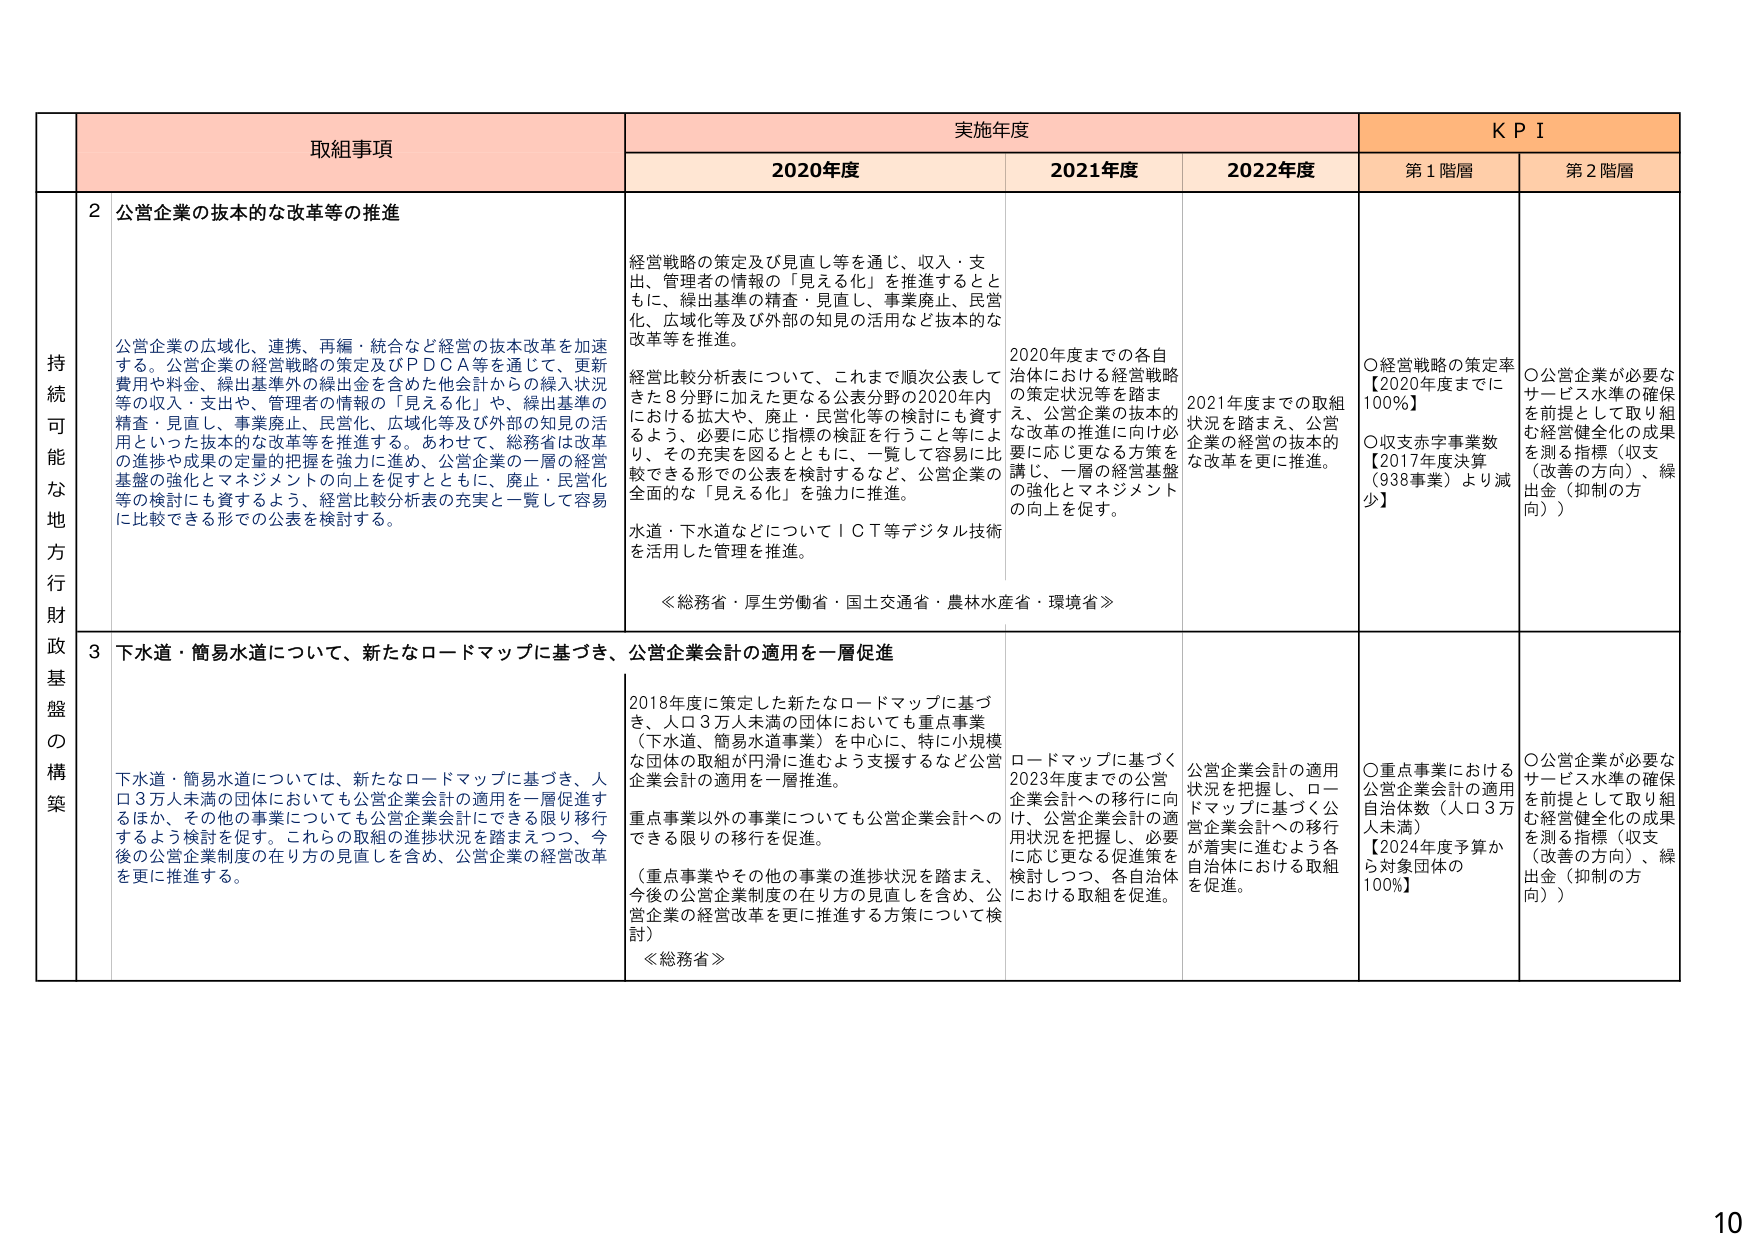
持続可能な地方行政基盤の構築

取組事項

実施年度

KPI

2020年度

2021年度

2022年度

第1階層

第2階層

2 公営企業の抜本的な改革等の推進

公営企業の広域化、連携、再編・統合など経営の抜本改革を加速する。公営企業の経営戦略の策定及びＰＤＣＡ等を通じて、更新費用や料金、繰出基準外の繰出金を含めた他会計からの繰入状況等の収入・支出や、管理者の情報の「見える化」や、繰出基準の精査・見直し、事業廃止、民営化、広域化等及び外部の知見の活用といった抜本的な改革等を推進する。あわせて、総務省は改革の進捗や成果の定量的把握を強力に進め、公営企業の一層の経営基盤の強化とマネジメントの向上を促すとともに、廃止・民営化等の検討にも資するよう、経営比較分析表の充実と一覧して容易に比較できる形での公表を検討する。

経営戦略の策定及び見直し等を通じ、収入・支出、管理者の情報の「見える化」を推進するとともに、繰出基準の精査・見直し、事業廃止、民営化、広域化等及び外部の知見の活用など抜本的な改革等を推進。

経営比較分析表について、これまで順次公表してきた8分野に加えた更なる公表分野の2020年内における拡大や、廃止・民営化等の検討にも資するよう、必要に応じ指標の検証を行うこと等により、その充実を図るとともに、一覧して容易に比較できる形での公表を検討するなど、公営企業の全面的な「見える化」を強力に推進。

水道・下水道などについてＩＣＴ等デジタル技術を活用した管理を推進。

≪総務省・厚生労働省・国土交通省・農林水産省・環境省≫

2020年度までの各自治体における経営戦略の策定状況等を踏まえ、公営企業の抜本的な改革の推進に向け必要な対応に更なる方策を講じ、一層の経営基盤の強化とマネジメントの向上を促す。

2021年度までの取組状況を踏まえ、公営企業の経営の抜本的な改革を更に推進。

〇経営戦略の策定率【2020年度までに100％】

〇収支赤字事業数【2017年度決算（938事業）より減少】

〇公営企業が必要なサービス水準の確保を前提として取り組む経営健全化の成果を測る指標（収支（改善の方向）、繰出金（抑制の方向））

3 下水道・簡易水道について、新たなロードマップに基づき、公営企業会計の適用を一層促進

下水道・簡易水道については、新たなロードマップに基づき、人口3万人未満の団体においても公営企業会計の適用を一層促進するほか、その他の事業についても公営企業会計にできる限り移行するよう検討を促す。これらの取組の進捗状況を踏まえつつ、今後の公営企業制度の在り方の見直しを含め、公営企業の経営改革を更に推進する。

2018年度に策定した新たなロードマップに基づき、人口3万人未満の団体においても重点事業（下水道、簡易水道事業）を中心に、特に小規模な団体の取組が円滑に進むよう支援するなど公営企業会計の適用を一層推進。

重点事業以外の事業についても公営企業会計へのできる限りの移行を促進。

（重点事業やその他の事業の進捗状況を踏まえ、今後の公営企業制度の在り方の見直しを含め、公営企業の経営改革を更に推進する方策について検討）

≪総務省≫

ロードマップに基づく2023年度までの公営企業会計への移行に向け、公営企業会計の適用状況を把握し、必要に応じ更なる促進策を検討しつつ、各自治体における取組を促進。

公営企業会計の適用状況を把握し、ロードマップに基づく公営企業会計への移行が着実に進むよう各自治体における取組を促進。

〇重点事業における公営企業会計の適用自治体数（人口3万人未満）【2024年度予算から対象団体の100％】

〇公営企業が必要なサービス水準の確保を前提として取り組む経営健全化の成果を測る指標（収支（改善の方向）、繰出金（抑制の方向））

10